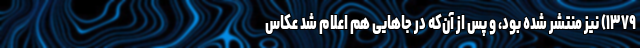
۱۳۷۹) نیز منتشر شده بود، و پس از آن‌که در جاهایی هم اعلام شد عکاس